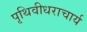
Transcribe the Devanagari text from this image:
पृथिवीधराचार्य